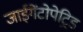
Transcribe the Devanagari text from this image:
जाईगेंटोपेट्रिड